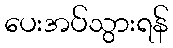
ပေးအပ်သွားရန်